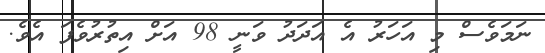
ނަމަވެސް މި އަހަރު އެ އަދަދު ވަނީ 98 އަށް އިތުރުވެފަ އެވެ.